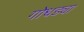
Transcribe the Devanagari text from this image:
गोधड्या